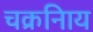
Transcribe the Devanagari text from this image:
चक्रनािय